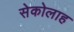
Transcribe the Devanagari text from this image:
सेकोलाह